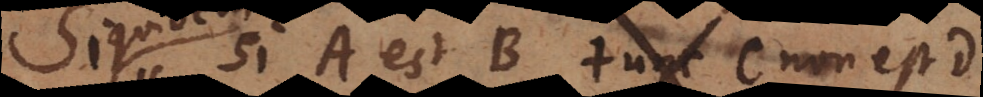
Si si A est B tunc C est D